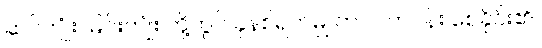
ဆင်ကျုံး၊ မြင်းကျုံး တို့တွင် ခုနစ်ရက်မျှ တပင်တပန်း စေခိုင်း၏။